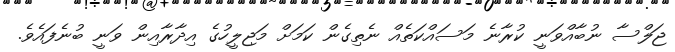
ޖަލްސާ ނުބާއްވަނީ ކުރާނެ މަސައްކަތެއް ނެތިގެން ކަމަށް މަޖިލީހުގެ އިދާރާއިން ވަނީ ބުނެފައެވެ.